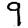
Digit: 9